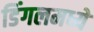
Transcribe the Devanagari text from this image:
डिंगलमध्ये